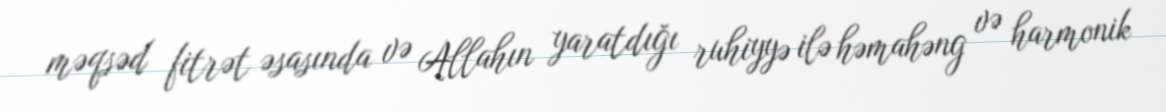
məqsəd fitrət əsasında və Allahın yaratdığı ruhiyyə ilə həmahəng və harmonik